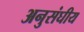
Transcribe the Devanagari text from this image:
अनुसंघीय